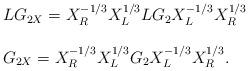
LaTeX: \begin{align*}\begin{array}{l}LG_{2X} =X^{-1/3}_{R}X^{1/3}_{L}LG_{2}X^{-1/3}_{L}X^{1/3}_{R} \\ \\G_{2X} = X^{-1/3}_{R}X^{1/3}_{L}G_{2}X^{-1/3}_{L}X^{1/3}_{R}.\\ \\\end{array}\end{align*}